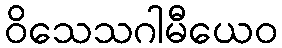
ဝိသေသဂါမီယေဝ